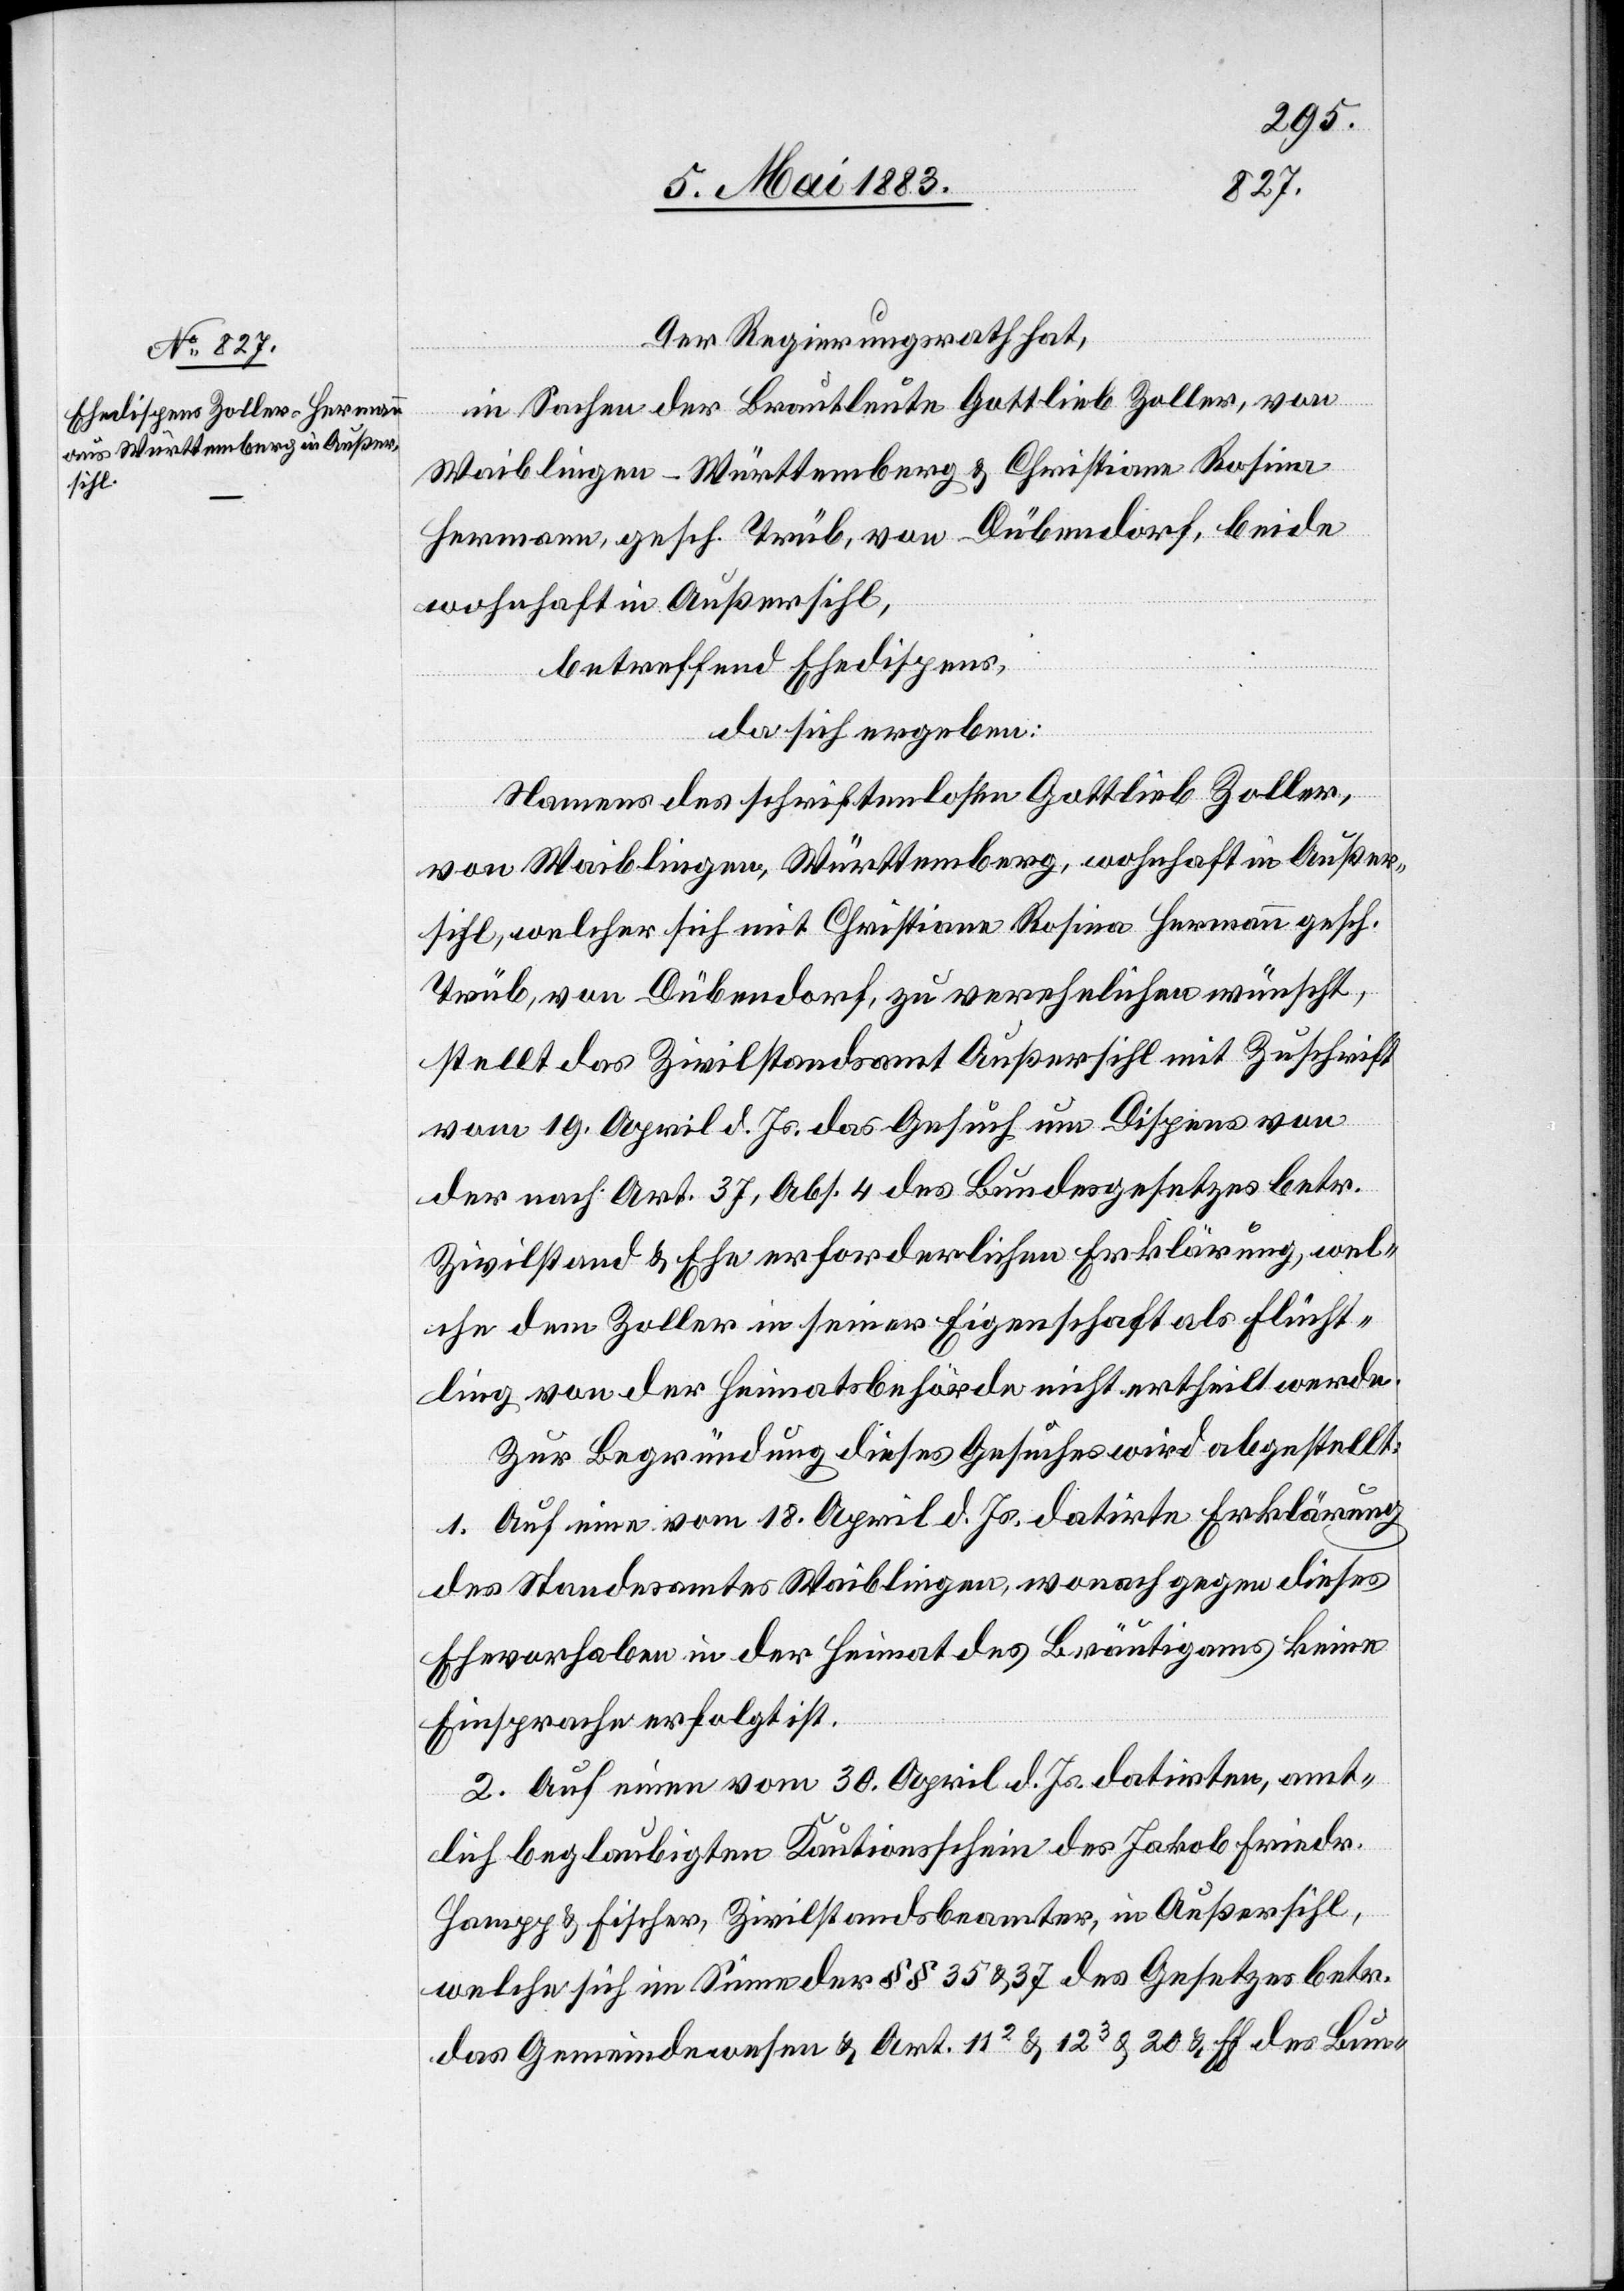
Der Regierungsrath hat,
in Sachen der Brautleute Gottlieb Zoller, von
Waiblingen - Württemberg & Christina Rosina
Hermann, gesch. Trüb, von Dübendorf, beide
wohnhaft in Außersihl,
betreffend Ehedispens,
da sich ergeben:
Namens des schriftenlosen Gottlieb Zoller,
von Waiblingen, Württemberg, wohnhaft in Außer¬
sihl, welcher sich mit Christiane Rosina Hermann gesch.
Trüb, von Dübendorf, zu verehelichen wünscht,
stellt das Zivilstandsamt Außersihl mit Zuschrift
vom 19. April d. Js. das Gesuch um Dispens von
der nach Art. 37, Abs. 4 des Bundesgesetzes betr.
Zivilstand & Ehe erforderlichen Erklärung, wel¬
che dem Zoller in seiner Eigenschaft als Flücht¬
ling von der Heimatsbehörde nicht ertheilt werde.
Zur Begründung dieses Gesuches wird abgestellt:
1. Auf eine vom 18. April d. Js. datirte Erklärung
des Standesamtes Waiblingen, wonach gegen dieses
Ehevorhaben in der Heimat des Bräutigams keine
Einsprache erfolgt ist.
2. Auf eine vom 30. April d. Js. datirten, amt¬
lich beglaubigten Kautionsschein des Jakob Friedr.
Hampp & Fischer, Zivilstandsbeamter, in Außersihl,
welcher sich im Sinne der §§ 35 & 37 des Gesetzes betr.
das Gemeindewesen & Art. 112 & 123 & 22 & ff. des Bun-